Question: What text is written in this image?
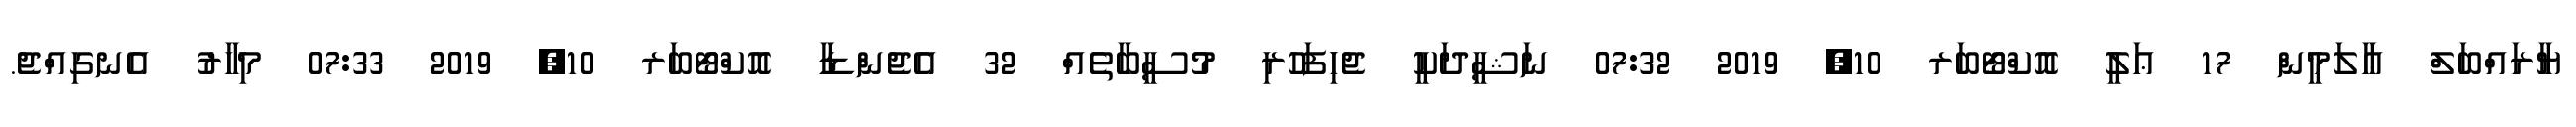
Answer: ޔާރައްބަލް ޢާލަމީން 17 ޢަލީ އޮކްޓޯބަރ 10, 2019 07:32 ނަޝީދަކީ ޖެހިފަހުރި މުސީބާތެއް 32 އެޖެންޑާ އޮކްޓޯބަރ 10, 2019 07:33 މިހާރު އެނގިއްޖެ.